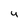
Character: 4